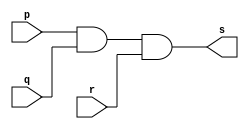
// Exercicio 8 - AND com 3 entradas
// Nome: Thaise Souto Martins

// ------------------------- 
// -- and gate 
// ------------------------- 
module andgate (output s, input p, input q, input r);  
	assign s = p & q & r; 
endmodule 

// ------------------------- 
// -- test and gate 
// ------------------------- 
module testandgate; 
	reg a,b,c; 	 
	wire s; 
	andgate AND1 (s, a, b, c); 
	
	initial begin:start 
		a=0;b=0;c=0; // valor inicial 
	end 

	initial begin:main 
		$display("Exercicio 8 - Thaise Souto Martins - 395504"); 
		$display("Test AND Gate com 3 entradas:"); 
		$display("\na & b & c = s\n");
		$monitor("%b & %b & %b = %b",a,b,c,s);
		#1 a=0;b=0;c=1;
		#1 a=0;b=1;c=0;
		#1 a=1;b=0;c=0;
		#1 a=1;b=1;c=0;
		#1 a=1;b=0;c=1;
		#1 a=0;b=1;c=1;
		#1 a=1;b=1;c=1; 
	end 
endmodule